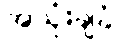
အသုံးချခံ